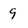
Character: 9